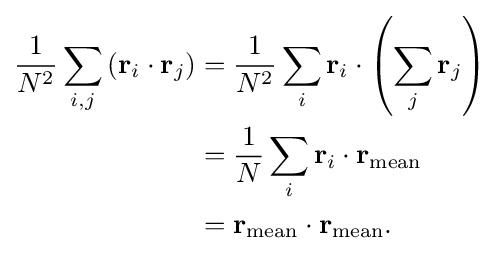
{\begin{aligned}{\frac {1}{N^{2}}}\sum _{i,j}\left(\mathbf {r} _{i}\cdot \mathbf {r} _{j}\right)&={\frac {1}{N^{2}}}\sum _{i}\mathbf {r} _{i}\cdot \left(\sum _{j}\mathbf {r} _{j}\right)\\&={\frac {1}{N}}\sum _{i}\mathbf {r} _{i}\cdot \mathbf {r} _{\mathrm {mean} }\\&=\mathbf {r} _{\mathrm {mean} }\cdot \mathbf {r} _{\mathrm {mean} }.\end{aligned}}